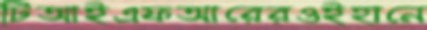
টিআইএফআরেরওইহানে